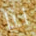
لنا